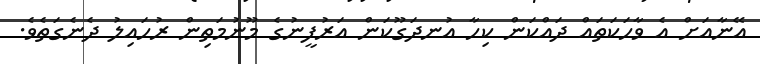
އޭނާއަށް އެ ވާހަކަތައް ދައްކަން ކިހާ އުނދަގޫކަން އަރުފީނުގެ މޫނުމަތިން ރުހައިލު ދެނެގަތެވެ.